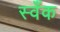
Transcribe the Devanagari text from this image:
स्वँक